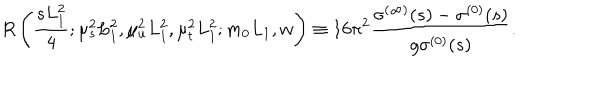
R \left( \frac { s L _ { 1 } ^ { 2 } } { 4 } ; \mu _ { s } ^ { 2 } L _ { 1 } ^ { 2 } , \mu _ { u } ^ { 2 } L _ { 1 } ^ { 2 } , \mu _ { t } ^ { 2 } L _ { 1 } ^ { 2 } ; m _ { 0 } L _ { 1 } , w \right) \equiv 1 6 \pi ^ { 2 } \frac { \sigma ^ { ( \infty ) } ( s ) - \sigma ^ { ( 0 ) } ( s ) } { g \sigma ^ { ( 0 ) } ( s ) } .